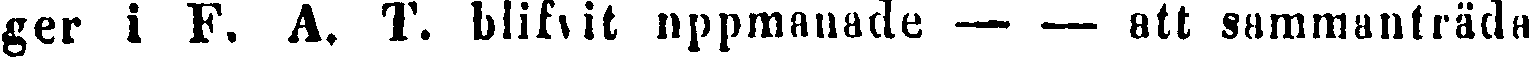
ger i F. A. T. blifvit uppmanade — — att sammanträda